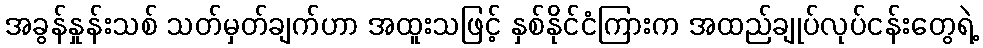
အခွန်နှုန်းသစ် သတ်မှတ်ချက်ဟာ အထူးသဖြင့် နှစ်နိုင်ငံကြားက အထည်ချုပ်လုပ်ငန်းတွေရဲ့